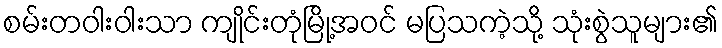
စမ်းတဝါးဝါးသာ ကျိုင်းတုံမြို့အဝင် မပြသကဲ့သို့ သုံးစွဲသူများ၏